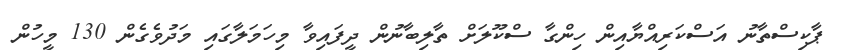
ޕާކިސްތާނު އަސްކަރިއްޔާއިން ހިންގާ ސްކޫލަށް ތާލިބާނުން ދީފައިވާ މިހަަމަލާގައި މަދުވެގެން 130 މީހުން